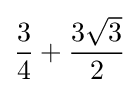
{\frac {3}{4}}+{\frac {3{\sqrt {3}}}{2}}